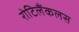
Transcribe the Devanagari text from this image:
रोटिलैंकलस